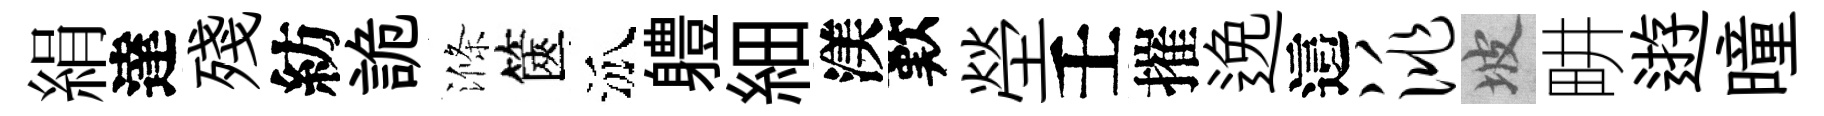
絹達殘紡詭滌篋泒軆細渼歎塋壬摧𨓜這洮坡畊逰曈